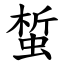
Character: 蜤